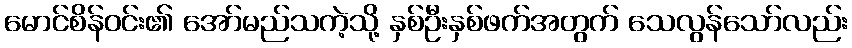
မောင်စိန်ဝင်း၏ အော်မည်သကဲ့သို့ နှစ်ဦးနှစ်ဖက်အတွက် သေလွန်သော်လည်း